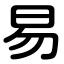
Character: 易